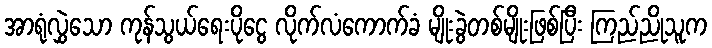
အာရုံလွှဲသော ကုန်သွယ်ရေးပိုငွေ လိုက်လံကောက်ခံ မျိုးခွဲတစ်မျိုးဖြစ်ပြီး ကြည်ညိုသူက